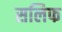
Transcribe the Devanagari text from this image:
सलिफ